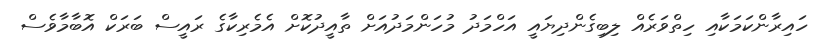
ހައިރާންކަމަކާއި ހިތްވަރެއް ލިބިގެންދިޔައީ އަހްމަދު މުހަންމަދުއަށް ތާއީދުކޮށް އެމެރިކާގެ ރައީސް ބަރަކް އޮބާމާވެސް